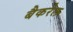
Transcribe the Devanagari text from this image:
बैकरेल